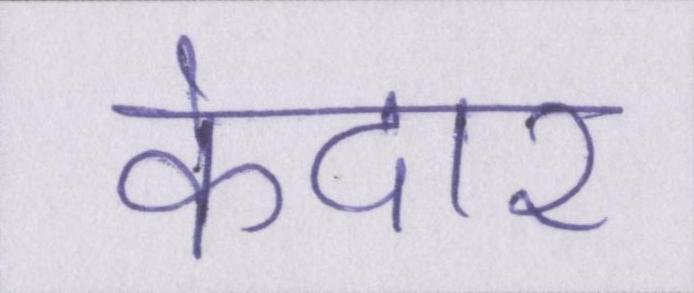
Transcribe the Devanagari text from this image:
केदार